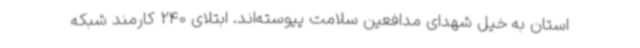
استان به خیل شهدای مدافعین سلامت پیوسته‌اند. ابتلای 240 کارمند شبکه